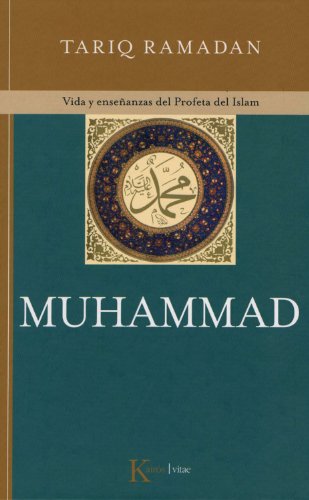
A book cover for Muhammad: Vida y enseÃ±anzas del Profeta del Islam (Spanish Edition); Tariq Ramadan; Religion & Spirituality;